Madras plague regulations in force outside the Presidency town - Volume 3
Disease focus: Plague
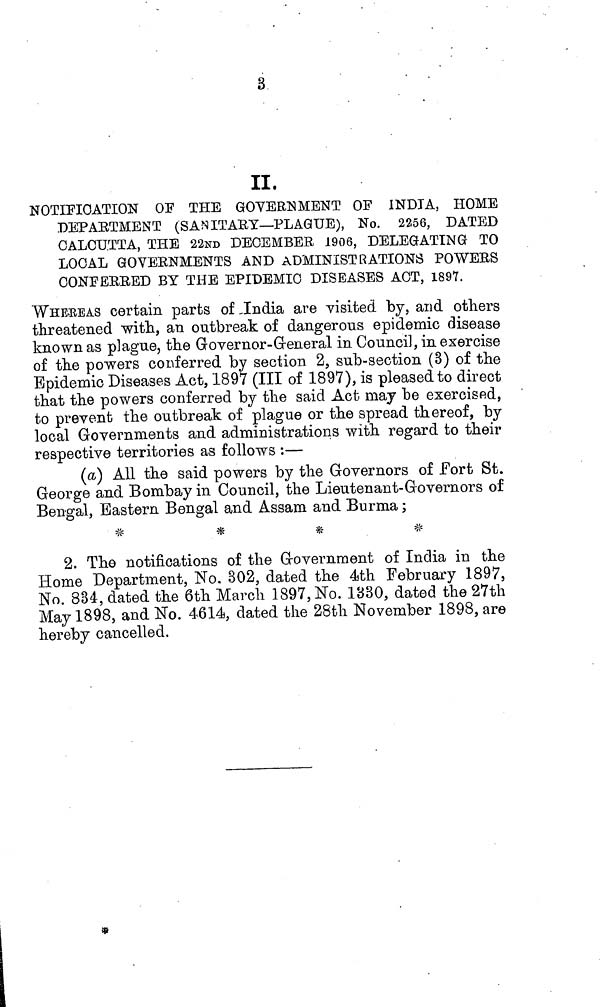
3
II.
NOTIFICATION OF THE GOVERNMENT OP INDIA, HOME
DEPARTMENT (SANITARY—PLAGUE), No. 2256, DATED
CALCUTTA, THE 22ND DECEMBER 1906, DELEGATING TO
LOCAL GOVERNMENTS AND ADMINISTRATIONS POWERS
CONFERRED BY THE EPIDEMIC DISEASES ACT, 1897.
WHEREAS certain parts of ,India are visited by, and others
threatened with, an outbreak of dangerous epidemic disease
known as plague, the Governor-General in Council, in exercise
of the powers conferred by section 2, sub-section (3) of the
Epidemic Diseases Act, 1897 (III of 1897), is pleased to direct
that the powers conferred by the said Act may be exercised,
to prevent the outbreak of plague or the spread thereof, by
local Governments and administrations with regard to their
respective territories as follows :—
(a) All the said powers by the Governors of Fort St.
George and Bombay in Council, the Lieutenant-Governors of
Bengal, Eastern Bengal and Assam and Burma ;
*
*
2. The notifications of the Government of India in the
Home Department, No. 302, dated the 4th February 1897,
No. 834, dated the 6th March 1897, No. 1330, dated the 27th
May 1898, and No. 4614, dated the 28th November 1898, are
hereby cancelled.